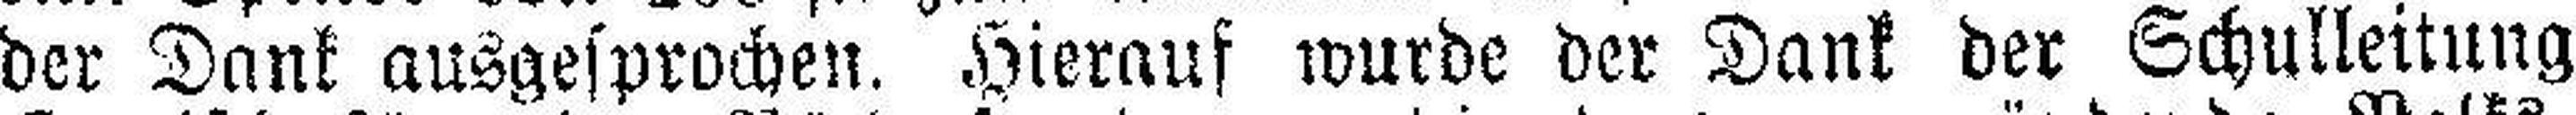
der Dank ausgesprochen. Hierauf wurde der Dank der Schulleitung